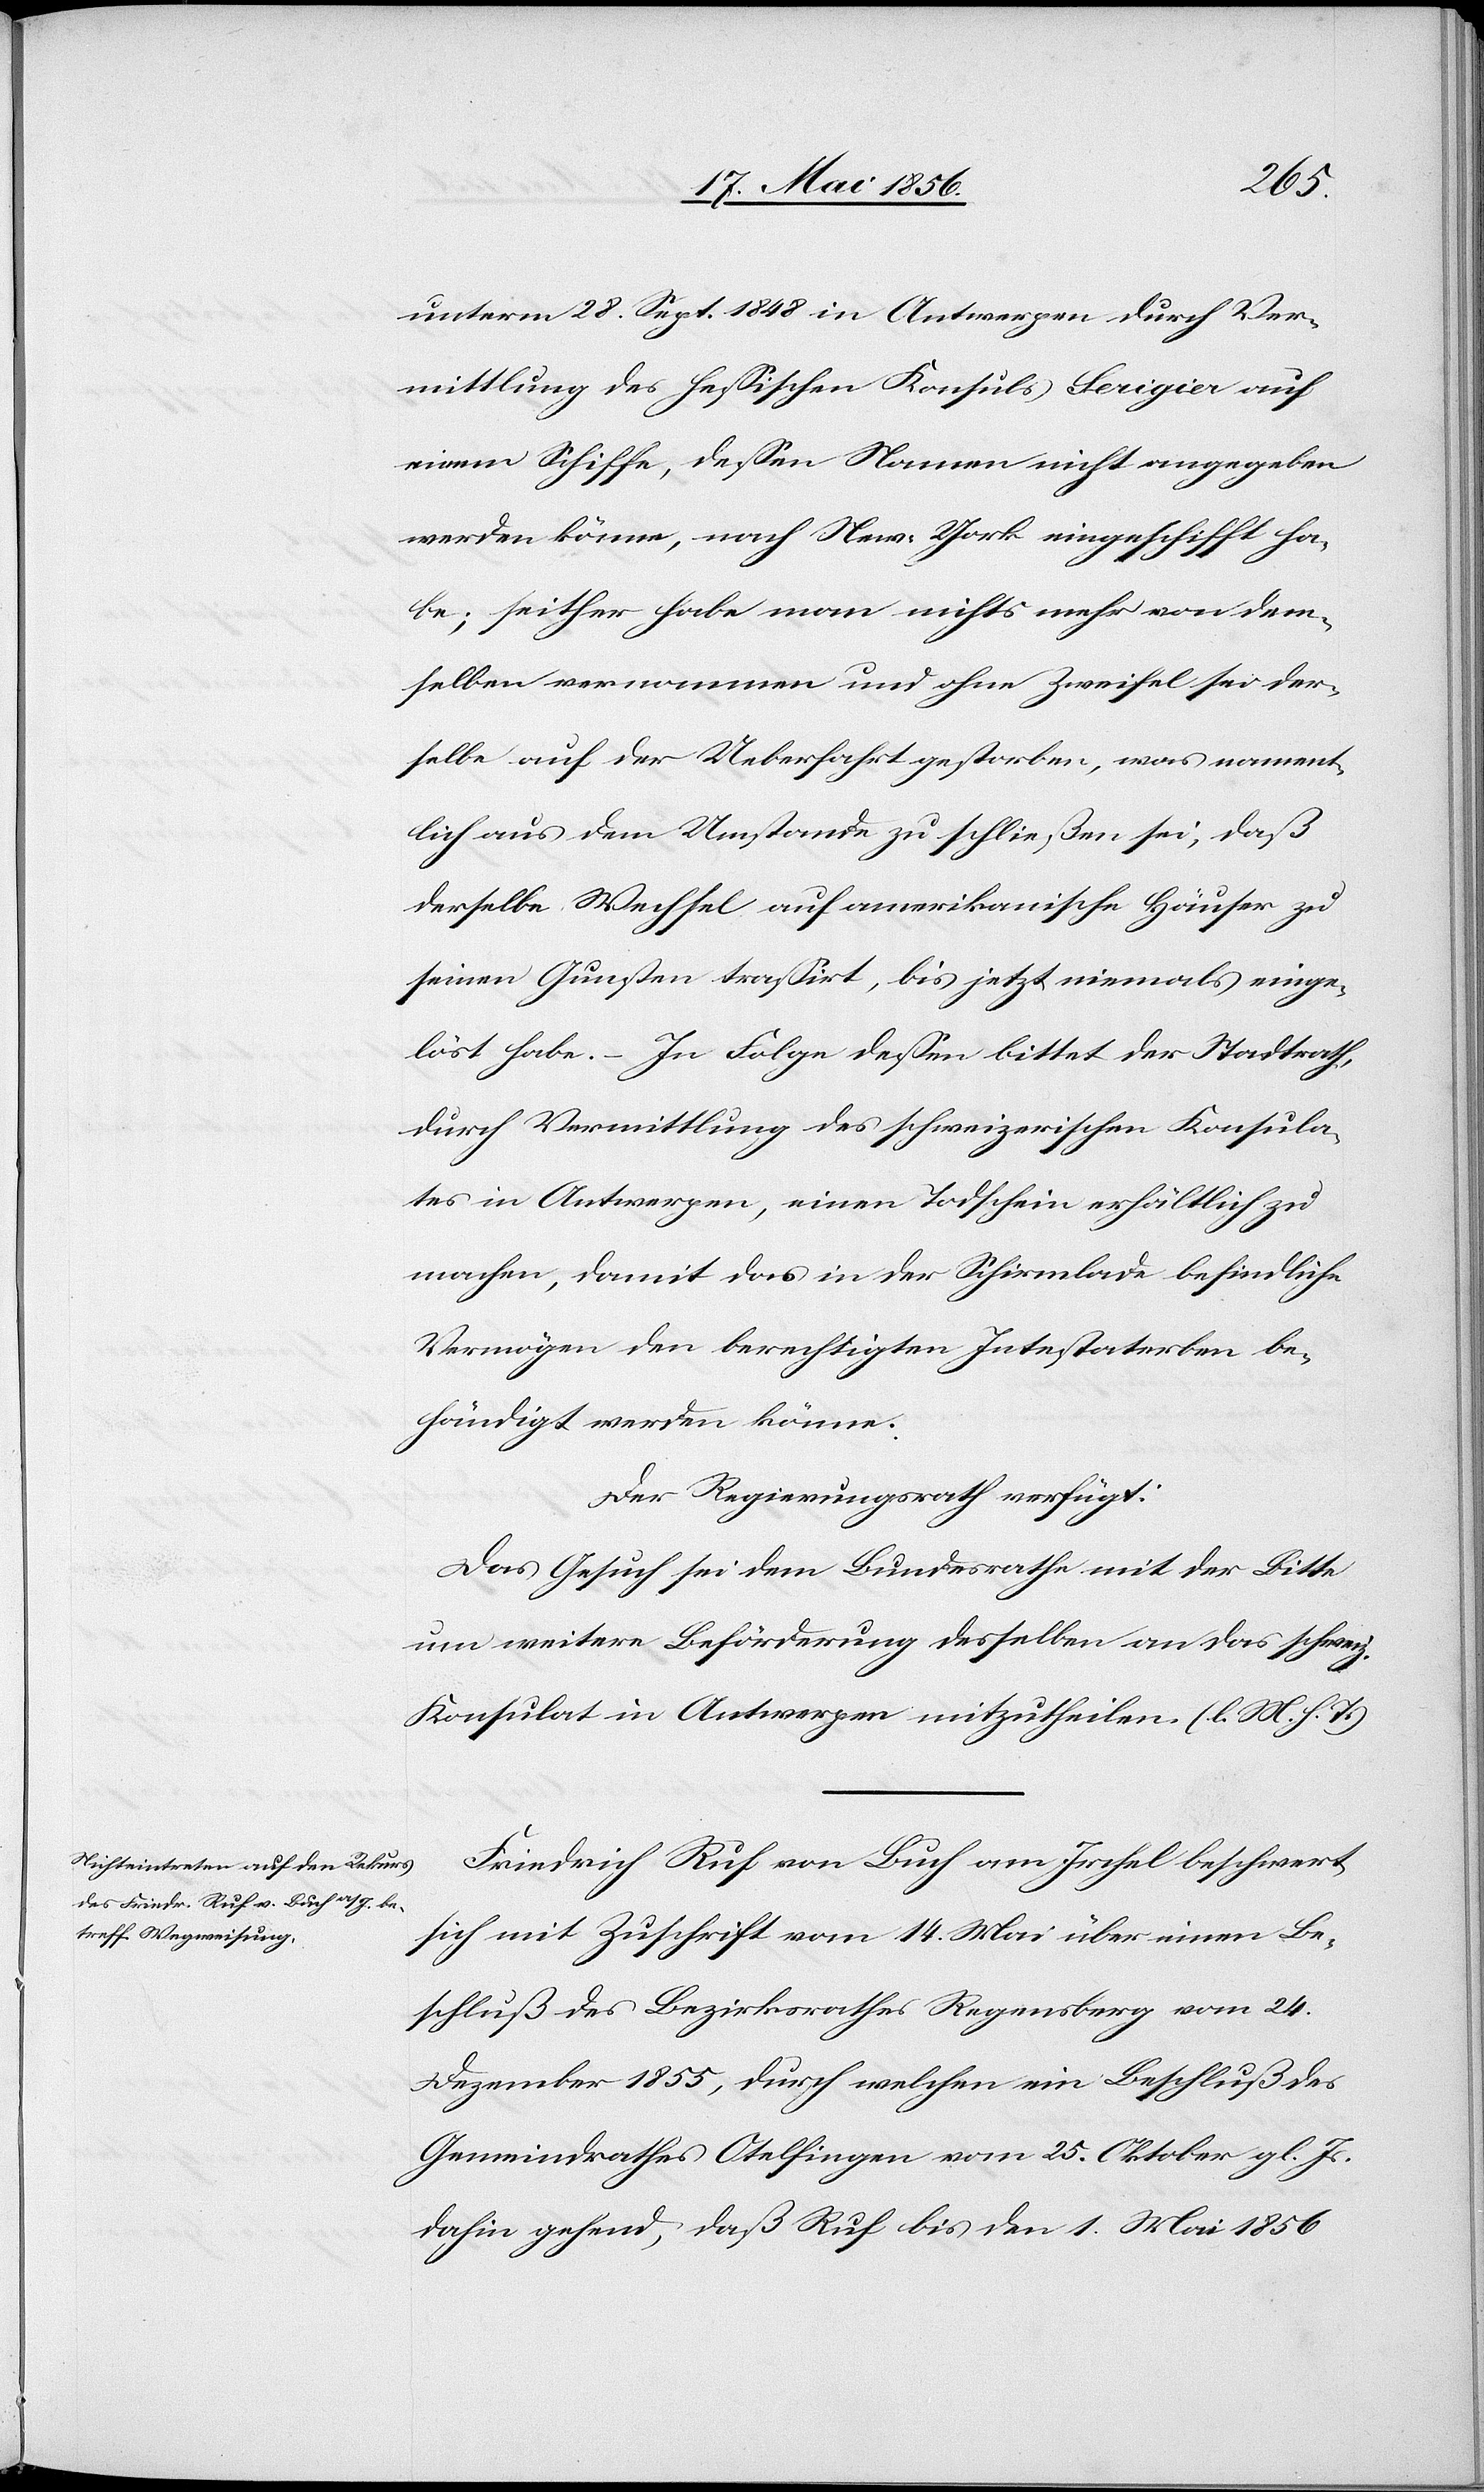
unterm 28. Sept. 1848 in Antwerpen durch Ver¬
mittlung des hessischen Konsuls Serigier auf
einem Schiffe, dessen Namen nicht angegeben
werden könne, nach New-York eingeschifft ha¬
be; seither habe man nichts mehr von dem¬
selben vernommen und ohne Zweifel sei der¬
selbe auf der Ueberfahrt gestorben, was nament¬
lich aus dem Umstande zu schließen sei, daß
derselbe Wechsel auf amerikanische Häuser zu
seinen Gunsten trassirt, bis jetzt niemals einge¬
löst habe. – In Folge dessen bittet der Stadtrath,
durch Vermittlung des schweizerischen Konsula¬
tes in Antwerpen, einen Todschein erhältlich zu
machen, damit das in der Schirmlade befindliche
Vermögen den berechtigten Intestaterben be¬
händigt werden könne.
Der Regierungsrath verfügt:
Das Gesuch sei dem Bundesrathe mit der Bitte
um weitere Beförderung desselben an das schweiz.
Konsulat in Antwerpen mitzutheilen. (l. M. h. T.)
Friedrich Ruf von Buch am Irchel beschwert
sich mit Zuschrift vom 14. Mai über einen Be¬
schluß des Bezirksrath Regensberg vom 24.
Dezember 1855, durch welchen ein Beschluß des
Gemeindrathes Otelfingen vom 25. Oktober gl. Js.
dahin gehend, daß Ruf bis den 1. Mai 1856